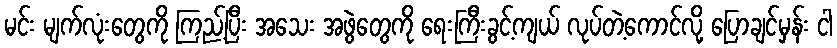
မင်း မျက်လုံးတွေကို ကြည့်ပြီး အသေး အဖွဲတွေကို ရေးကြီးခွင့်ကျယ် လုပ်တဲ့ကောင်လို့ ပြောချင်မှန်း ငါ